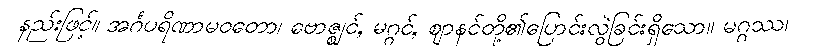
နည်းဖြင့်။ အင်္ဂပရိဏာမဝတော၊ ဗောဇ္ဈင်, မဂ္ဂင်, ဈာနင်တို့၏ပြောင်းလွဲခြင်းရှိသော။ မဂ္ဂဿ၊